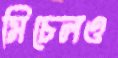
মিচেলও